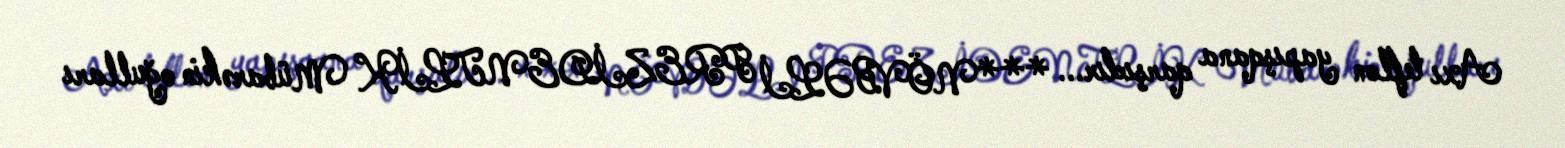
Axı teflon yapışqana qarşıdır... ***NÖVBƏLİ PREZİDENTLİK Mübarəkin oğulları